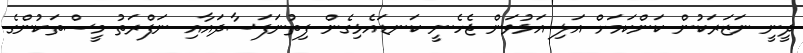
ދީނީ ނަޒަރަކުން ކަންކަމަށް އަލި އަޅުވަން ޖެހެނީ ކަނޑައެޅިގެން ފިތުނަފަސާދައާއި ނަފްރަތު މީސްތަކުންގެ